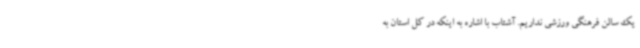
یک سالن فرهنگی ورزشی نداریم. آشتاب با اشاره به اینکه در کل استان به